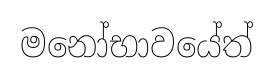
මනෝභාවයේත්